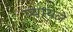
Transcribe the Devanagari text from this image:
प्यायले